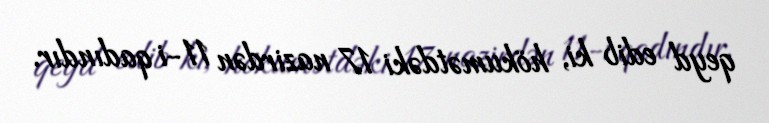
qeyd edib ki, hökumətdəki 17 nazirdən 11-i qadındır.